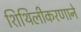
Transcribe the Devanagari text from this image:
शिथिलीकरणाने